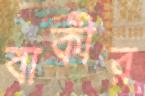
বাকীর